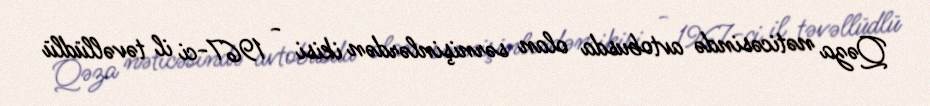
Qəza nəticəsində avtobusda olan sərnişinlərdən ikisi - 1967-ci il təvəllüdlü